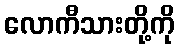
လောကီသားတို့ကို